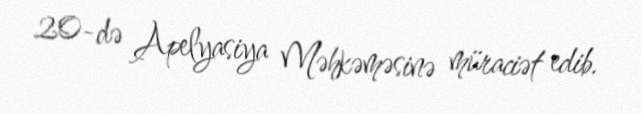
20-də Apelyasiya Məhkəməsinə müraciət edib.